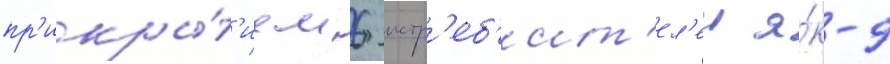
пр'икры́т'ием 6 истр'еб'ит'ел'еи я́к-9